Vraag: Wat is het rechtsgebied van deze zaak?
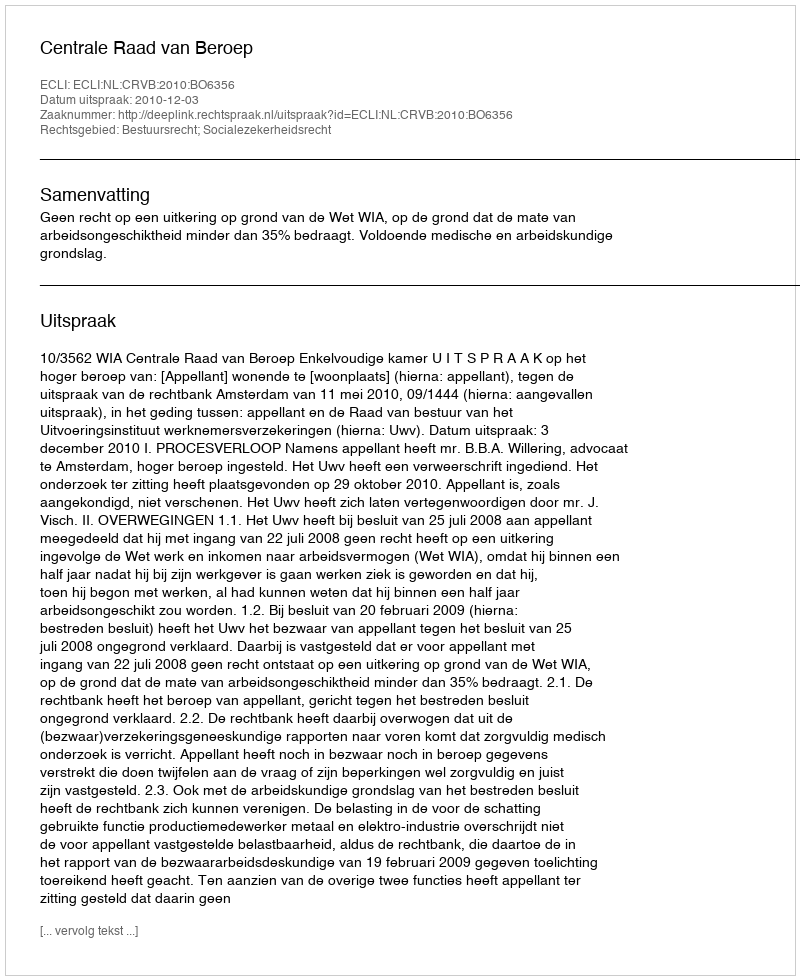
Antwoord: Bestuursrecht; Socialezekerheidsrecht